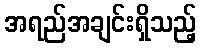
အရည်အချင်းရှိသည့်